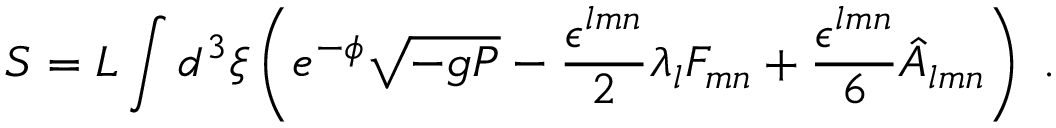
S = L \int d ^ { 3 } \xi \left( e ^ { - \phi } \sqrt { - g P } - \frac { \epsilon ^ { l m n } } { 2 } \lambda _ { l } { \cal F } _ { m n } + \frac { \epsilon ^ { l m n } } { 6 } \hat { A } _ { l m n } \right) \; .